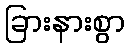
ခြားနားစွာ